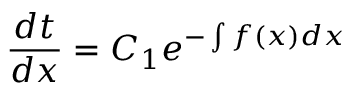
{ \frac { d t } { d x } } = C _ { 1 } e ^ { - \int f ( x ) d x }